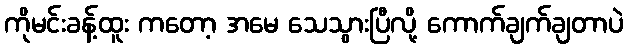
ကိုမင်းခန့်ထူး ကတော့ အမေ သေသွားပြီလို့ ကောက်ချက်ချတာပဲ